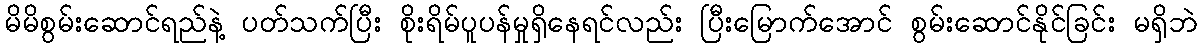
မိမိစွမ်းဆောင်ရည်နဲ့ ပတ်သက်ပြီး စိုးရိမ်ပူပန်မှုရှိနေရင်လည်း ပြီးမြောက်အောင် စွမ်းဆောင်နိုင်ခြင်း မရှိဘဲ